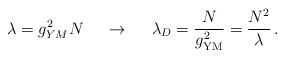
\begin{align*}\lambda= g^2_{YM} N\, \;\;\;\;\rightarrow \,\;\;\;\; \lambda_D = \frac{N}{g^2_{\rm YM}} = \frac{N^2}{\lambda} \, .\end{align*}